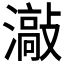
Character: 𱩯